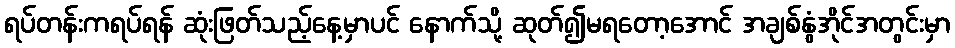
ရပ်တန်းကရပ်ရန် ဆုံးဖြတ်သည့်နေ့မှာပင် နောက်သို့ ဆုတ်၍မရတော့အောင် အချစ်နွံအိုင်အတွင်းမှာ